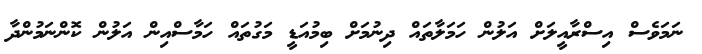
ނަމަވެސް އިސްރާއީލަށް އަލުން ހަމަލާތައް ދިނުމަށް ބިމުއަޑީ މަގުތައް ހަމާސްއިން އަލުން ކޮންނަމުންދާ